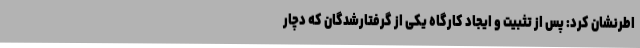
اطرنشان کرد: پس از تثبیت و ایجاد کارگاه یکی از گرفتارشدگان که دچار